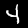
Label: 4